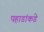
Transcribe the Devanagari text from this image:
पहाडांकडे